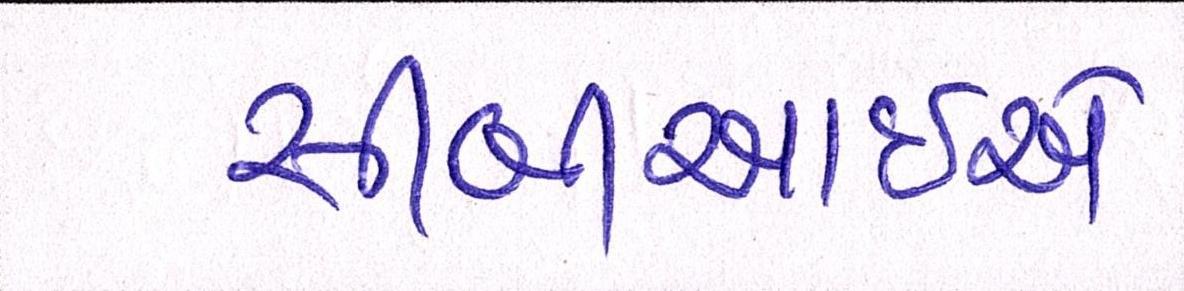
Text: સીબીઆઇએ